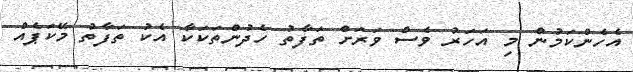
އެހެންކަމުން މި އަހަރު ވެސް ވަރަށް ތަފާތު ހެދުންތަކަކާ އެކު ތަފާތު މޭކަޕެއް